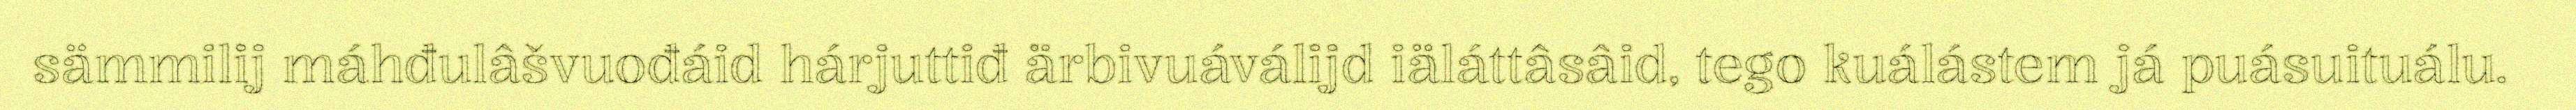
sämmilij máhđulâšvuođáid hárjuttiđ ärbivuáválijd iäláttâsâid, tego kuálástem já puásuituálu.